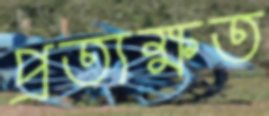
প্রত্যক্ষত